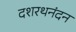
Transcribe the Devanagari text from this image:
दशरथनंदन